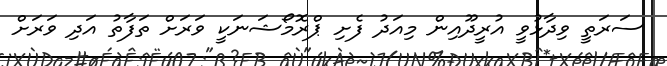
ސަރަތީ ވިދާޅުވީ އުރީދޫއިން މިއަދު ފެށި ޕްރޮމޯޝަނަކީ ވަރަށް ތަފާތު އަދި ވަރަށް